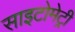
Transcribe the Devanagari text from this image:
साइटोमेट्री